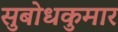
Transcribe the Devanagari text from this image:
सुबोधकुमार